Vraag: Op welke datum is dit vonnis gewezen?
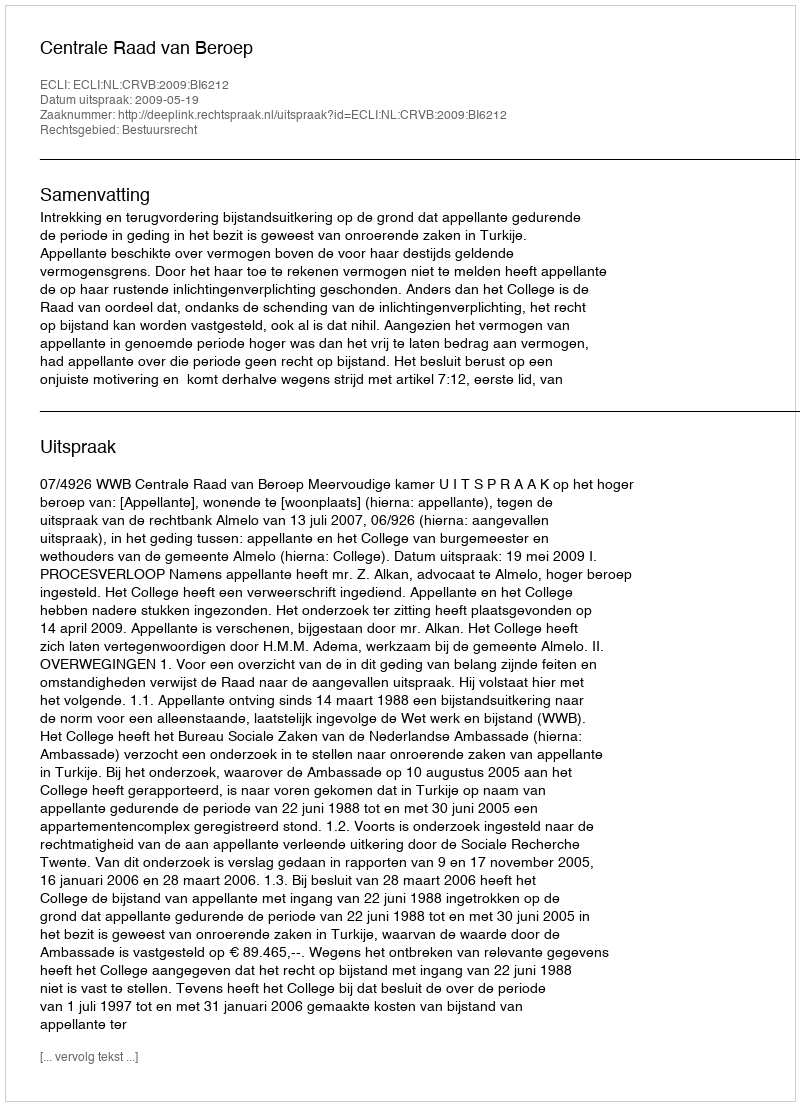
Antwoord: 2009-05-19